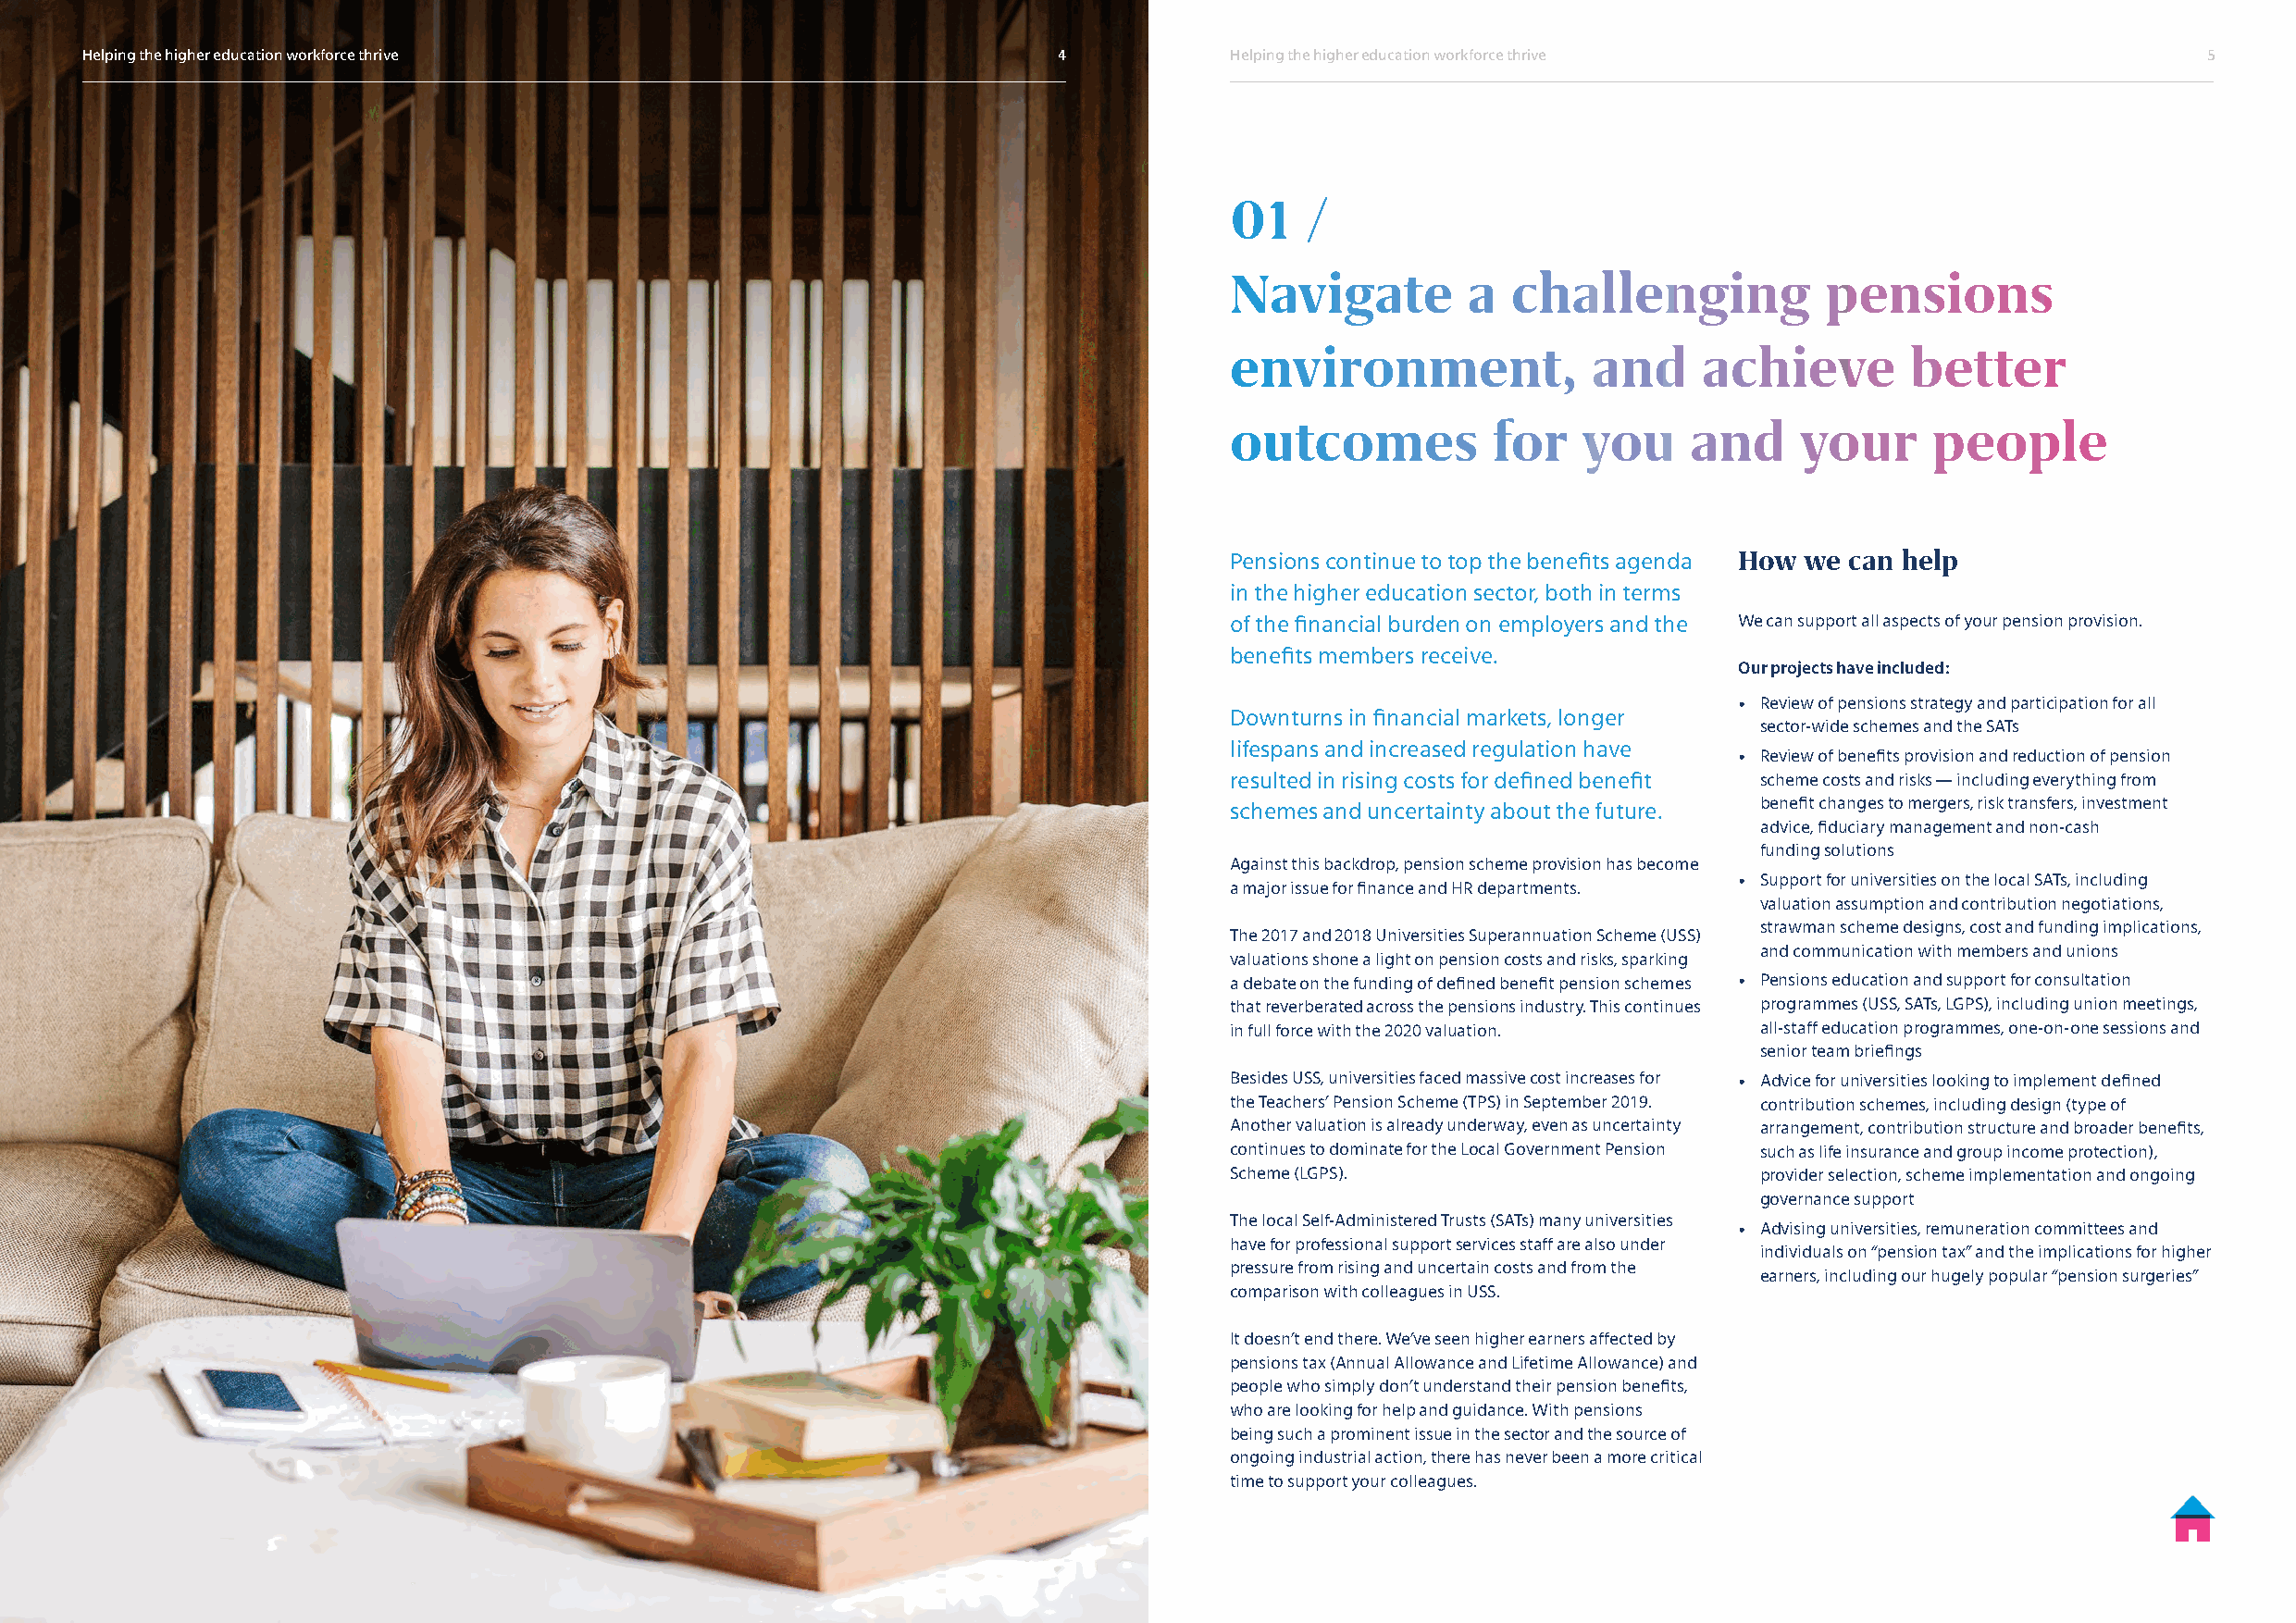
Helping the higher education workforce thrive                         4           Helping the higher education workforce thrive                         5
 01   /
 Navigate         a  challenging            pensions
 environment,              and     achieve        better
 outcomes           for   you     and     your     people
 Pensions continue to top the benefits agenda How we can help
 in the higher education sector, both in terms
 of the financial burden on employers and the We can support all aspects of your pension provision.
 benefits members receive.
 Our projects have included:
 • Review of pensions strategy and participation for all
 Downturns in financial markets, longer
 sector-wide schemes and the SATs
 lifespans and increased regulation have
 • Review of benefits provision and reduction of pension
 resulted in rising costs for defined benefit scheme costs and risks — including everything from
 benefit changes to mergers, risk transfers, investment
 schemes and uncertainty about the future.
 advice, fiduciary management and non-cash
 funding solutions
 Against this backdrop, pension scheme provision has become
 • Support for universities on the local SATs, including
 a major issue for finance and HR departments.
 valuation assumption and contribution negotiations,
 strawman scheme designs, cost and funding implications,
 The 2017 and 2018 Universities Superannuation Scheme (USS)
 and communication with members and unions
 valuations shone a light on pension costs and risks, sparking
 a debate on the funding of defined benefit pension schemes • Pensions education and support for consultation
 that reverberated across the pensions industry. This continues programmes (USS, SATs, LGPS), including union meetings,
 in full force with the 2020 valuation. all-staff education programmes, one-on-one sessions and
 senior team briefings
 Besides USS, universities faced massive cost increases for • Advice for universities looking to implement defined
 the Teachers’ Pension Scheme (TPS) in September 2019. contribution schemes, including design (type of
 Another valuation is already underway, even as uncertainty arrangement, contribution structure and broader benefits,
 continues to dominate for the Local Government Pension such as life insurance and group income protection),
 Scheme (LGPS).                        provider selection, scheme implementation and ongoing
 governance support
 The local Self-Administered Trusts (SATs) many universities
 • Advising universities, remuneration committees and
 have for professional support services staff are also under
 individuals on “pension tax” and the implications for higher
 pressure from rising and uncertain costs and from the
 earners, including our hugely popular “pension surgeries”
 comparison with colleagues in USS.
 It doesn’t end there. We’ve seen higher earners affected by
 pensions tax (Annual Allowance and Lifetime Allowance) and
 people who simply don’t understand their pension benefits,
 who are looking for help and guidance. With pensions
 being such a prominent issue in the sector and the source of
 ongoing industrial action, there has never been a more critical
 time to support your colleagues.